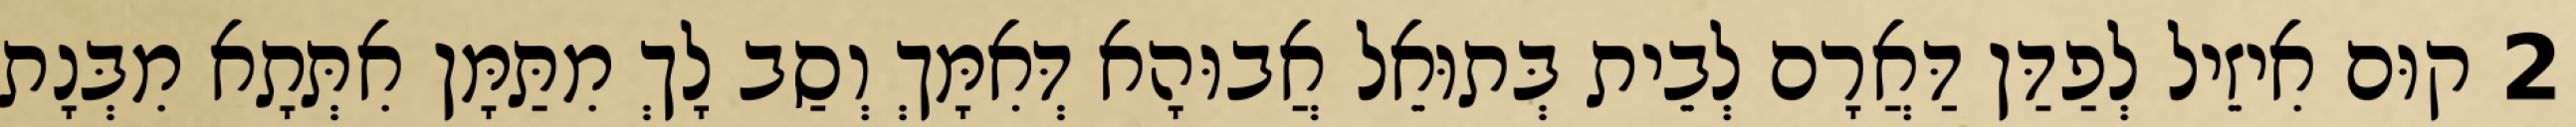
2 קוּם אִיזֵיל לְפַדַּן דַּאֲרָם לְבֵית בְּתוּאֵל אֲבוּהָא דְּאִמָּךְ וְסַב לָךְ מִתַּמָּן אִתְּתָא מִבְּנָת